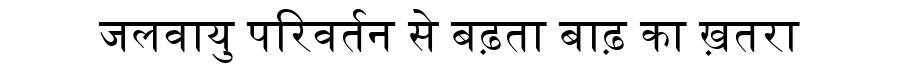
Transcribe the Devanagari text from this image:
जलवायु परिवर्तन से बढ़ता बाढ़ का ख़तरा